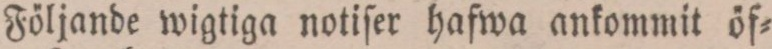
Följande wigtiga notiſer hafwa ankommit öf=